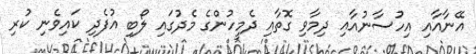
އޭނާއާއި އިހުސާނުއާއި ދިމާވި ގޮތާއި ދެމީހުންގެ މެދުގައި ލޯބި އުފެދި ކައިވެނި ކުރި